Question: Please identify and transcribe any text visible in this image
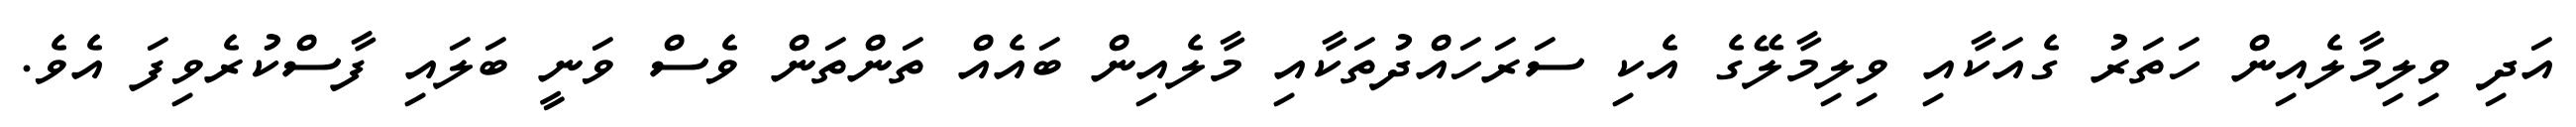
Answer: އަދި ވިލިމާލެއިން ހަތަރު ގެއަކާއި ވިލިމާލޭގެ އެކި ސަރަހައްދުތަކާއި މާލެއިން ބައެއް ތަންތަން ވެސް ވަނީ ބަލައި ފާސްކުރެވިފަ އެވެ.